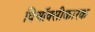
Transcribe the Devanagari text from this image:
विऑक्सीकारक